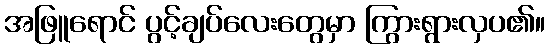
အဖြူရောင် ပွင့်ချပ်လေးတွေမှာ ကြွားရွားလှပ၏။